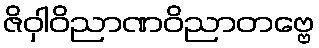
ဇိဝှါဝိညာဏဝိညာတဗ္ဗေ